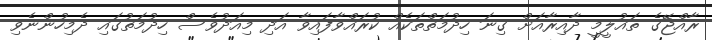
ރާއްޖޭގެ ތައުލީމީ ދާއިރާއަށް ގިނަ ހިދުމަތްތަކެއް ކުރައްވާފައިވާ އަދި މިއަދުވެސް ހިދުމަތުގައި ދެމިހުންނެވި